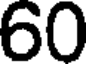
60